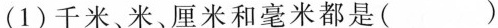
(1)千米、米、厘米和毫米都是( )